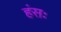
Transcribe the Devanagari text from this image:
हंसः